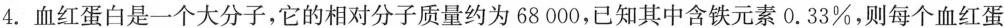
4.血红蛋白是一个大分子，它的相对分子质量约为68000，已知其中含铁元素0.33%，则每个血红蛋